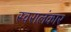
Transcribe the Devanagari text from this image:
स्वरालंकार